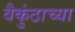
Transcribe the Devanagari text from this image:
वैकुंठाच्या